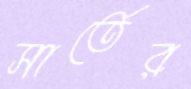
সার্তের